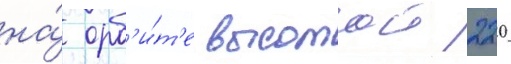
на́ орб'и́т'е высотои 220